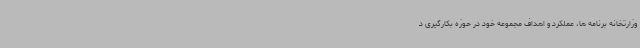
وزارتخانه برنامه ها، عملکرد و اهداف مجموعه خود در حوزه بکارگیری د